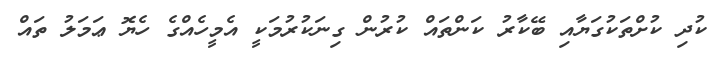
ކުދި ކުށްތަކުގަޔާއި ބޭކާރު ކަންތައް ކުރުން ގިނަކުރުމަކީ އެމީހެއްގެ ހެޔޮ ޢަމަލު ތައް